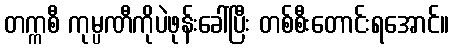
တက္ကစီ ကုမ္ပဏီကိုပဲဖုန်းခေါ်ပြီး တစ်စီးတောင်းရအောင်။